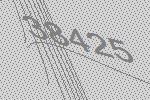
38425